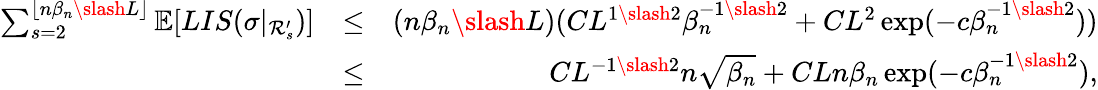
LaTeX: \begin{array}{rlr}{\sum_{s=2}^{\lfloor n\beta_{n}\slash L\rfloor}\mathbb{E}[LIS(\sigma|_{\mathcal{R}_{s}^{\prime}})]}&{\leq}&{(n\beta_{n}\slash L)(CL^{1\slash 2}\beta_{n}^{-1\slash 2}+CL^{2}\exp(-c\beta_{n}^{-1\slash 2}))}\\ &{\leq}&{CL^{-1\slash 2}n\sqrt{\beta_{n}}+CLn\beta_{n}\exp(-c\beta_{n}^{-1\slash 2}),}\end{array}